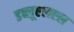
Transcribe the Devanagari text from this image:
डब्लूएलएल